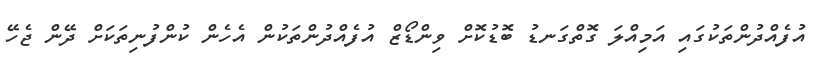
އުފެއްދުންތަކުގައި އަމިއްލަ ގޮތްގަނޑު ބޮޑުކޮށް ވިންޑޯޒް އުފެއްދުންތަކުން އެހެން ކުންފުނިތަކަށް ދޭން ޖެހޭ